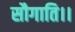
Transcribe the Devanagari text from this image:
सौगाति।।